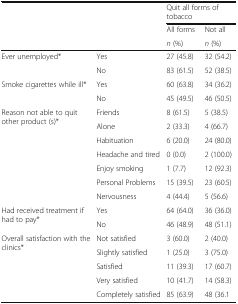
| <ROWSPAN=3>  | <ROWSPAN=3>  | <COLSPAN=2> Quit all forms of tobacco |
 | All forms | Not all |
 | n (%) | n (%) |
 | --- | --- | --- | --- |
 | <ROWSPAN=2> Ever unemployed* | Yes | 27 (45.8) | 32 (54.2) |
 | No | 83 (61.5) | 52 (38.5) |
 | <ROWSPAN=2> Smoke cigarettes while ill* | Yes | 60 (63.8) | 34 (36.2) |
 | No | 45 (49.5) | 46 (50.5) |
 | <ROWSPAN=7> Reason not able to quit other product (s)* | Friends | 8 (61.5) | 5 (38.5) |
 | Alone | 2 (33.3) | 4 (66.7) |
 | Habituation | 6 (20.0) | 24 (80.0) |
 | Headache and tired | 0 (0.0) | 2 (100.0) |
 | Enjoy smoking | 1 (7.7) | 12 (92.3) |
 | Personal Problems | 15 (39.5) | 23 (60.5) |
 | Nervousness | 4 (44.4) | 5 (56.6) |
 | <ROWSPAN=2> Had received treatment if had to pay* | Yes | 64 (64.0) | 36 (36.0) |
 | No | 46 (48.9) | 48 (51.1) |
 | <ROWSPAN=5> Overall satisfaction with the clinics* | Not satisfied | 3 (60.0) | 2 (40.0) |
 | Slightly satisfied | 1 (25.0) | 3 (75.0) |
 | Satisfied | 11 (39.3) | 17 (60.7) |
 | Very satisfied | 10 (41.7) | 14 (58.3) |
 | Completely satisfied | 85 (63.9) | 48 (36.1 |